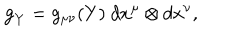
LaTeX: { } { \bf g } _ { Y } = g _ { \mu \nu } ( Y ) \ d x ^ { \mu } \otimes d x ^ { \nu } ,